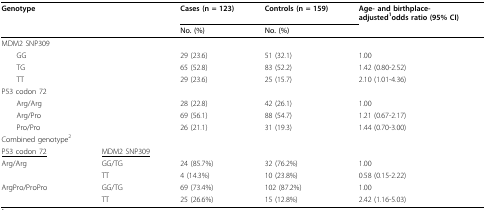
<table><thead><tr><td><b>Genotype</b></td><td></td><td><b>Cases (n = 123)</b></td><td><b>Controls (n = 159)</b></td><td><b>Age- and birthplace-adjusted<sup>1</sup>odds ratio (95% CI)</b></td></tr><tr><td></td><td></td><td><b>No. (%)</b></td><td><b>No. (%)</b></td><td></td></tr></thead><tbody><tr><td>MDM2 SNP309</td><td></td><td></td><td></td><td></td></tr><tr><td> GG</td><td></td><td>29 (23.6)</td><td>51 (32.1)</td><td>1.00</td></tr><tr><td> TG</td><td></td><td>65 (52.8)</td><td>83 (52.2)</td><td>1.42 (0.80-2.52)</td></tr><tr><td> TT</td><td></td><td>29 (23.6)</td><td>25 (15.7)</td><td>2.10 (1.01-4.36)</td></tr><tr><td>P53 codon 72</td><td></td><td></td><td></td><td></td></tr><tr><td> Arg/Arg</td><td></td><td>28 (22.8)</td><td>42 (26.1)</td><td>1.00</td></tr><tr><td> Arg/Pro</td><td></td><td>69 (56.1)</td><td>88 (54.7)</td><td>1.21 (0.67-2.17)</td></tr><tr><td> Pro/Pro</td><td></td><td>26 (21.1)</td><td>31 (19.3)</td><td>1.44 (0.70-3.00)</td></tr><tr><td>Combined genotype<sup>2</sup></td><td></td><td></td><td></td><td></td></tr><tr><td><underline>P53 codon 72</underline></td><td><underline>MDM2 SNP309</underline></td><td></td><td></td><td></td></tr><tr><td>Arg/Arg</td><td>GG/TG</td><td>24 (85.7%)</td><td>32 (76.2%)</td><td>1.00</td></tr><tr><td></td><td>TT</td><td>4 (14.3%)</td><td>10 (23.8%)</td><td>0.58 (0.15-2.22)</td></tr><tr><td>ArgPro/ProPro</td><td>GG/TG</td><td>69 (73.4%)</td><td>102 (87.2%)</td><td>1.00</td></tr><tr><td></td><td>TT</td><td>25 (26.6%)</td><td>15 (12.8%)</td><td>2.42 (1.16-5.03)</td></tr></tbody></table>